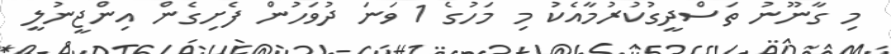
މި ގާނޫނު ތަސްދީގުކުރުމާއެކު މި މަހުގެ 1 ވަނަ ދުވަހުން ފެށިގެން އިންޖީނުލީ